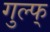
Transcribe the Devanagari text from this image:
गुल्फ्